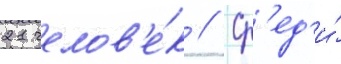
21 челов'е́к // Ср'ед'и́